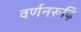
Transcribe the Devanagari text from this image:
वर्णनरूढ़ि